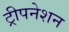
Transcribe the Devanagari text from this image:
ट्रीपनेशन